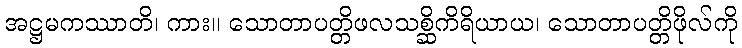
အဋ္ဌမကဿာတိ၊ ကား။ သောတာပတ္တိဖလသစ္ဆိကိရိယာယ၊ သောတာပတ္တိဖိုလ်ကို